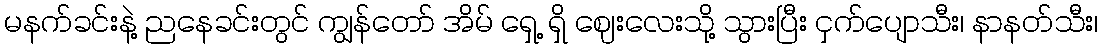
မနက်ခင်းနဲ့ ညနေခင်းတွင် ကျွန်တော် အိမ် ရှေ့ ရှိ ဈေးလေးသို့ သွားပြီး ငှက်ပျောသီး၊ နာနတ်သီး၊